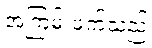
အကြမ်းဖက်သည့်